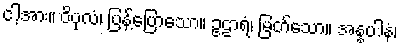
ငါ့အား။ ဝိပုလံ၊ ပြန့်ပြောသော။ ဥဠာရံ၊ မြတ်သော။ အန္နပါနံ၊